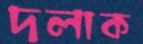
দলাক